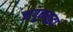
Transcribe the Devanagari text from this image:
जागूनसुद्धा